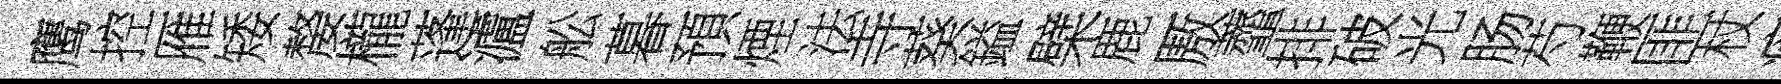
鹰控雁矮嫠櫳蓬瀘舩暮預煙法寺葵鎰檗鹿厫虀排破光肠芍鞭匪杖痒